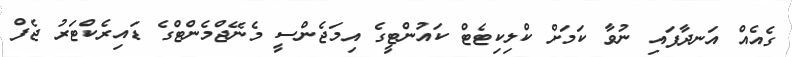
ގެއެއް އަނދާފައި ނުވާ ކަމަށް ކްލިކިޓެޓް ކައުންޓީގެ އިމަޖެންސީ މެނޭޖްމެންޓްގެ ޑައިރެކްޓަރު ޖެފް